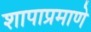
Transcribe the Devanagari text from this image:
शापाप्रमाणे